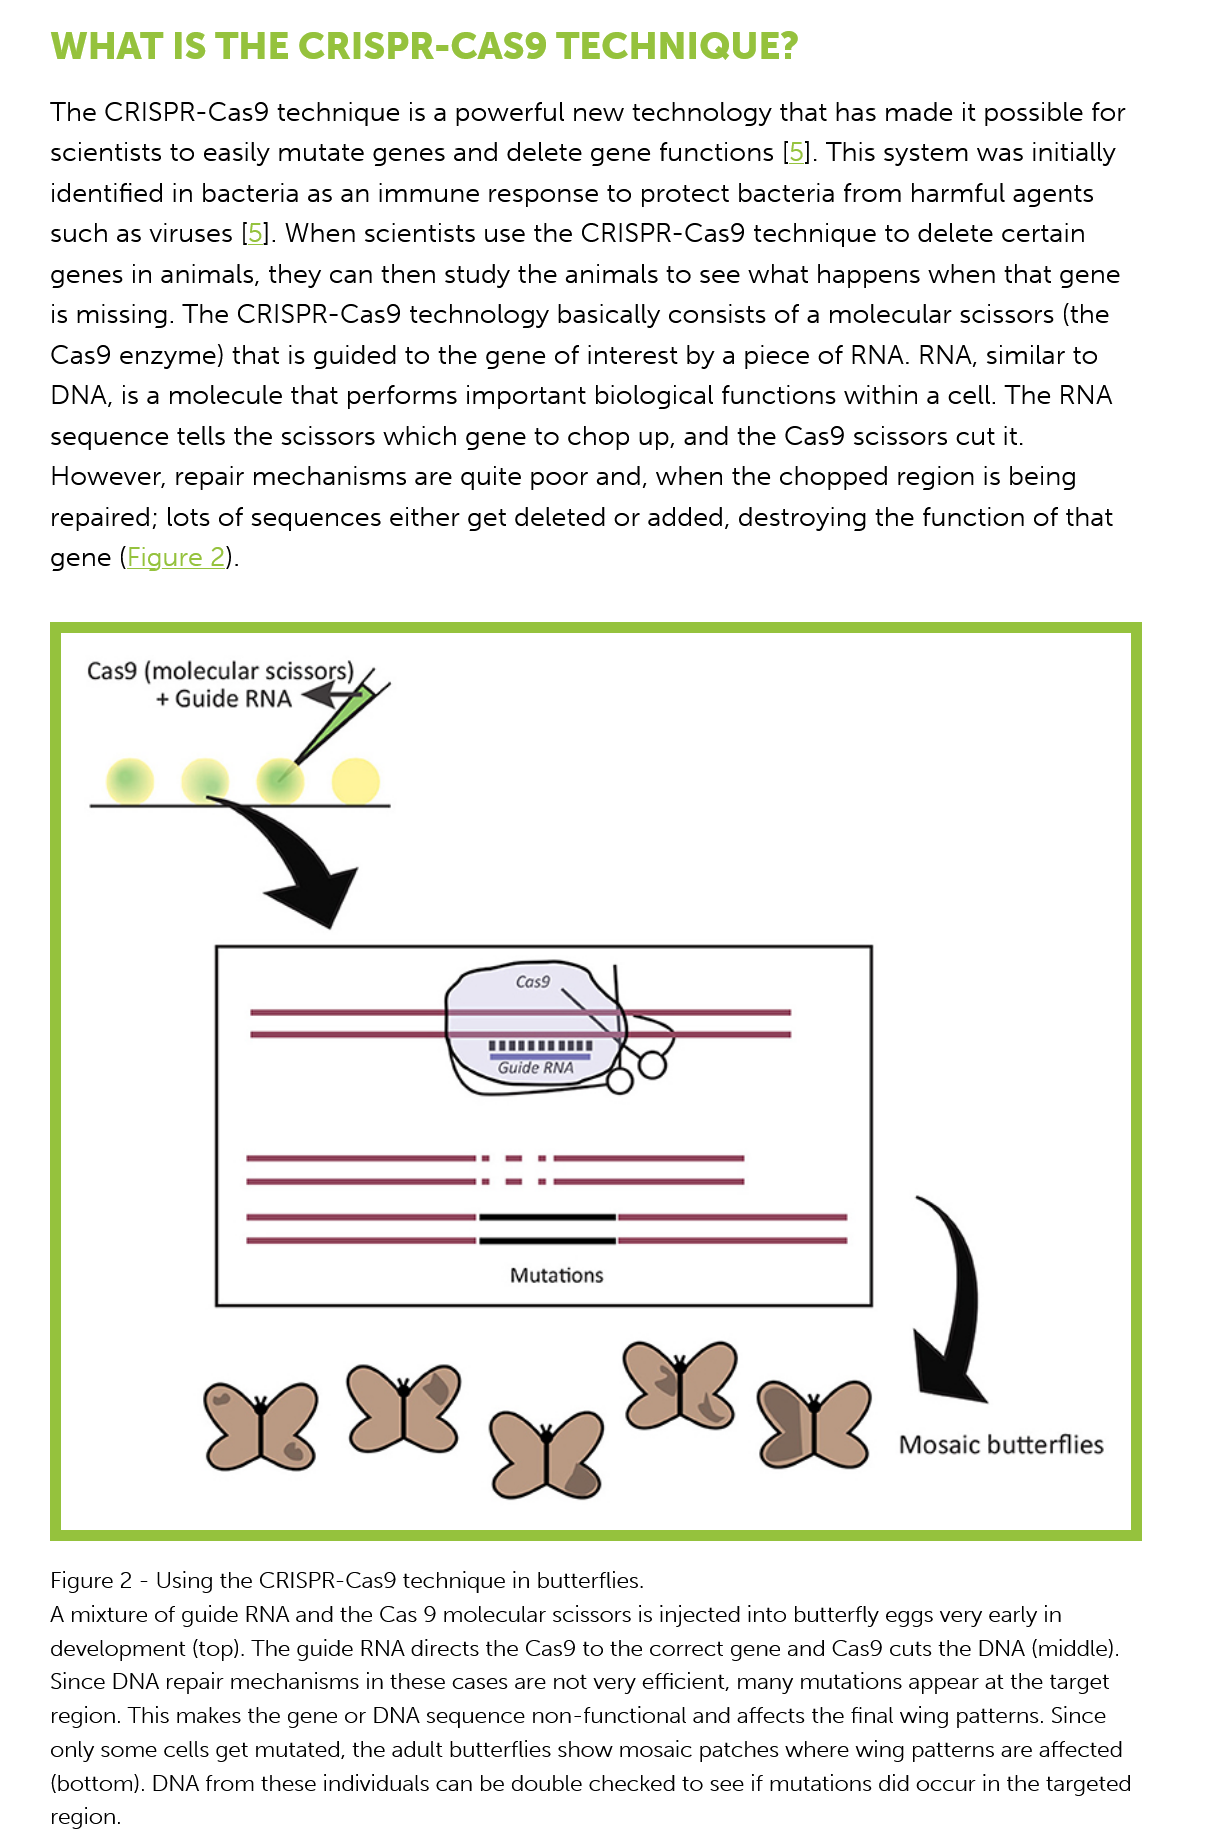
WHAT   IS    THE    CRISPR-CAS9S    TECHNIQUE?
     The CRISPR-Cas9   technique  is a powerful new  technology  that has made it possible for
     scientists to easily mutate genes and delete gene functions [5]. This system was initially
     identified in bacteria as an immune response to protect bacteria from  harmful agents
     such as viruses [5]. When scientists use the CRISPR-Cas9  technique to delete certain
     genes in animals, they can then study the animals to see what  happens  when that  gene
     is missing. The CRISPR-Cas9  technology basically  consists of a molecular scissors (the
     Cas9 enzyme)   that is guided to the gene of interest by a piece of RNA. RNA, similar to
     DNA, is a molecule that performs  important  biological functions within a cell. The RNA
     sequence tells the scissors which gene  to chop up, and the Cas9  scissors cut it.
     However,  repair mechanisms are  quite poor  and, when  the chopped  region  is being
     repaired; lots of sequences either get deleted or added, destroying the function of that
     gene (Figure  2).
     Cas9 (molecular scissors)
     + Guide RNA

     Mutations
     9¢    3¢
     4    932
     Mosaic butterflies
     Figure 2
     -
     Using the CRISPR-Cas9 technique in butterflies.
     A mixture of guide RNA and the Cas 9 molecular scissors is injected into butterfly eggs very early in
     development (top). The guide RNA directs the Cas9 to the correct gene and Cas9 cuts the DNA (middle).
     Since DNA repair mechanisms in these cases are not very efficient, many mutations appear at the target
     region. This makes the gene or DNA sequence non-functional and affects the final wing patterns. Since
     only some cells get mutated, the adult butterflies show mosaic patches where wing patterns are affected
     (bottom). DNA from these individuals can be double checked to see if mutations did occur in the targeted
     region.